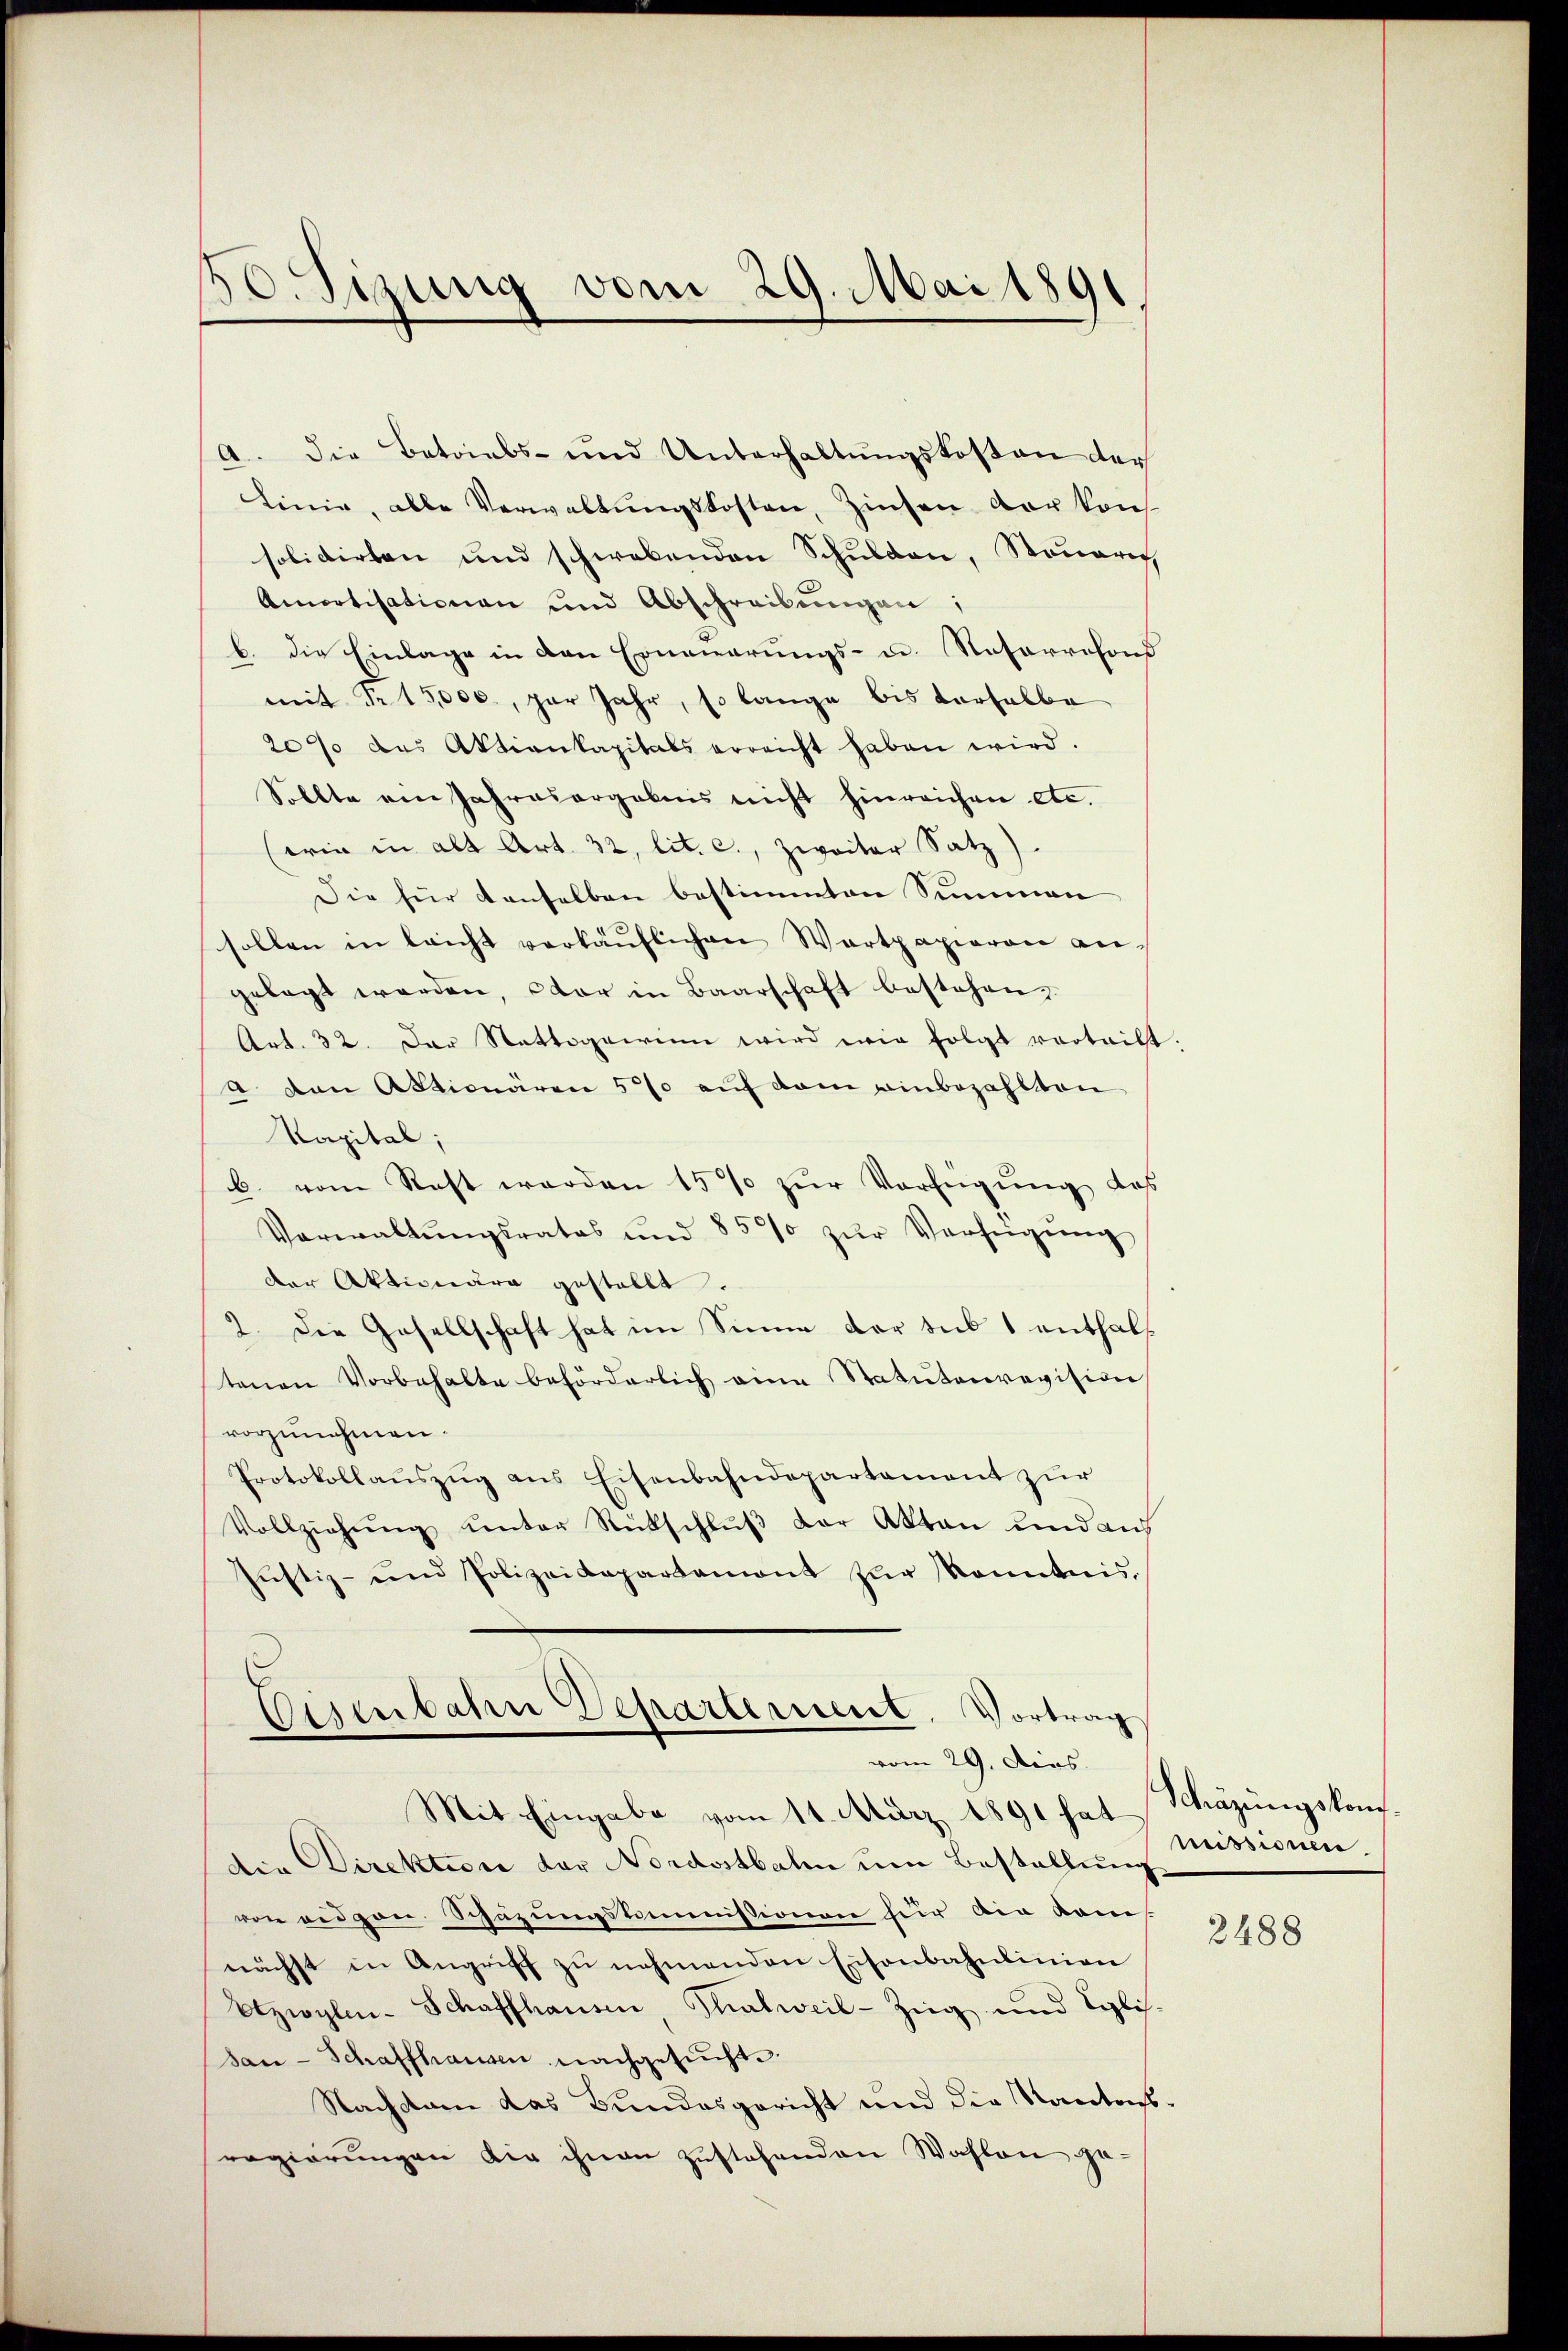
30. Sizung vom 29. Mai 1891

a. Die Betriebs- und Unterhaltŭngskosten der
Linie, alle Verwaltŭngskosten, Zinsen der kon
solidirten und schwebenden Schulden, Steuerech
Amortisationen und Abschreibŭngen:
b. die Einlage in den Erneuerungs- u. Rosarresond
mit Nr 15,000., zur Jahr, so lange bis derselbe
207 das Aktienkapitals erreicht haben wird.
Sollte ein Jahresargebnis nicht hinreichen etc.
wie in alt Art. 32, lit. c., zweiter Satz)
Die für denselben bestimmten Summen
sollen in leicht verkäŭflichen Wartpapieren an-
gelegt werden, der in Baarschaft bestehen,
Art. 32. Der Stattogewinn wird wir folgt vortritt
a von Aktionären 5% auf dem einbezahlten
Kapital,
b. vom Rest werden 15% zŭr Verfügŭng des
Verwaltŭngsrates und 85% zŭr Verfügŭng
der Aktionäre gestellt.
2. Die Gesellschaft hat im Sinne der des 1 enthaltenen Vorbehalte beförderlich eine Statutenrevision
vorzunehmen.
Protokollaŭszŭg ans Eisenbahndepartament zur
Vollziehŭng ŭnter Rückschlŭβ der Akten und aus
Jŭstiz- und Polizeidepartamont zŭr Kenntnis.

die Direktion der Nordostbahn um Bestellung
von eidgen Schazungskommissionen für die kom
nächst in Angriff zŭ nehmenden Eisenbahnlinien
Etzwylen-Schaffhausen, Thalweil-Zŭg und Eglis-
san-Schaffhausen nachgesucht.
Nachdem das Bundesgericht und die Kantons-
regierungen die ihnen zustehenden Wahlen ge-

Eisenbahn Departement. Vortrag
vom 29. Dies
Mit Eingabe vom 11. März 1891 hat Schäzungskom¬

missionen.

2488